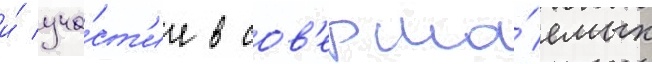
и́ уча́ст'ие в сов'ерша́емых